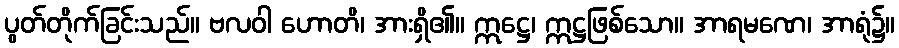
ပွတ်တိုက်ခြင်းသည်။ ဗလဝါ ဟောတိ၊ အားရှိ၏။ ဣဋ္ဌေ၊ ဣဋ္ဌဖြစ်သော။ အာရမဏေ၊ အာရုံ၌။